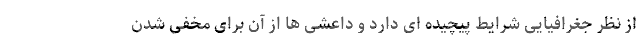
از نظر جغرافیایی شرایط پیچیده ای دارد و داعشی ها از آن برای مخفی شدن